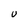
Character: u